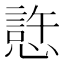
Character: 𰒊